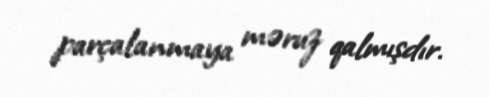
parçalanmaya məruz qalmışdır.